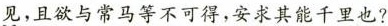
见，且欲与常马等不可得，安求其能干里也?